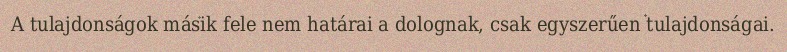
A tulajdonságok másik fele nem határai a dolognak, csak egyszerűen tulajdonságai.